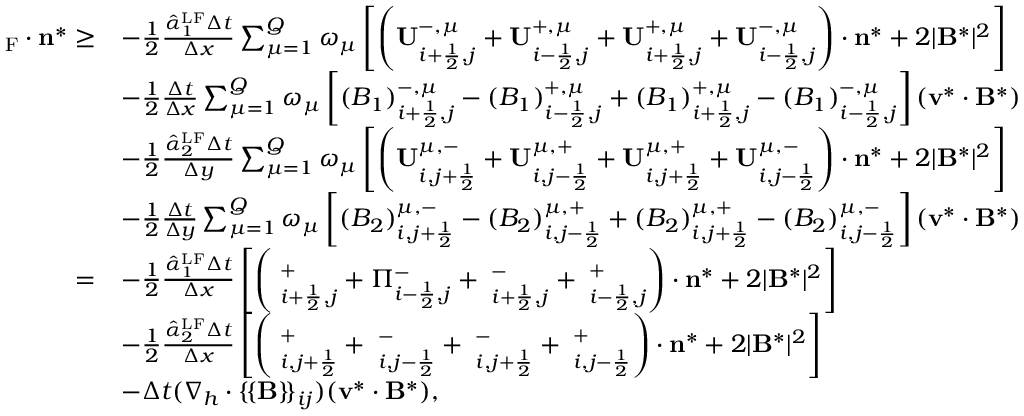
\begin{array} { r l } { { \bf \Pi } _ { \mathrm { { { F } } } } \cdot \mathbf { n } ^ { * } \ge } & { - \frac { 1 } { 2 } \frac { \hat { \alpha } _ { 1 } ^ { \mathrm { L F } } \Delta t } { \Delta x } \sum _ { \mu = 1 } ^ { Q } \omega _ { \mu } \left[ \left( \mathbf { U } _ { i + \frac { 1 } { 2 } , j } ^ { - , \mu } + \mathbf { U } _ { i - \frac { 1 } { 2 } , j } ^ { + , \mu } + \mathbf { U } _ { i + \frac { 1 } { 2 } , j } ^ { + , \mu } + \mathbf { U } _ { i - \frac { 1 } { 2 } , j } ^ { - , \mu } \right) \cdot \mathbf { n } ^ { * } + 2 | \mathbf { B } ^ { * } | ^ { 2 } \right] } \\ & { - \frac { 1 } { 2 } \frac { \Delta t } { \Delta x } \sum _ { \mu = 1 } ^ { Q } \omega _ { \mu } \left[ ( B _ { 1 } ) _ { i + \frac { 1 } { 2 } , j } ^ { - , \mu } - ( B _ { 1 } ) _ { i - \frac { 1 } { 2 } , j } ^ { + , \mu } + ( B _ { 1 } ) _ { i + \frac { 1 } { 2 } , j } ^ { + , \mu } - ( B _ { 1 } ) _ { i - \frac { 1 } { 2 } , j } ^ { - , \mu } \right] ( { \bf v } ^ { * } \cdot { \bf B } ^ { * } ) } \\ & { - \frac { 1 } { 2 } \frac { \hat { \alpha } _ { 2 } ^ { \mathrm { { L F } } } \Delta t } { \Delta y } \sum _ { \mu = 1 } ^ { Q } \omega _ { \mu } \left[ \left( \mathbf { U } _ { i , j + \frac { 1 } { 2 } } ^ { \mu , - } + \mathbf { U } _ { i , j - \frac { 1 } { 2 } } ^ { \mu , + } + \mathbf { U } _ { i , j + \frac { 1 } { 2 } } ^ { \mu , + } + \mathbf { U } _ { i , j - \frac { 1 } { 2 } } ^ { \mu , - } \right) \cdot \mathbf { n } ^ { * } + 2 | \mathbf { B } ^ { * } | ^ { 2 } \right] } \\ & { - \frac { 1 } { 2 } \frac { \Delta t } { \Delta y } \sum _ { \mu = 1 } ^ { Q } \omega _ { \mu } \left[ ( B _ { 2 } ) _ { i , j + \frac { 1 } { 2 } } ^ { \mu , - } - ( B _ { 2 } ) _ { i , j - \frac { 1 } { 2 } } ^ { \mu , + } + ( B _ { 2 } ) _ { i , j + \frac { 1 } { 2 } } ^ { \mu , + } - ( B _ { 2 } ) _ { i , j - \frac { 1 } { 2 } } ^ { \mu , - } \right] ( { \bf v } ^ { * } \cdot { \bf B } ^ { * } ) } \\ { = } & { - \frac { 1 } { 2 } \frac { \hat { \alpha } _ { 1 } ^ { \mathrm { L F } } \Delta t } { \Delta x } \left[ \left( { \bf \Pi } _ { i + \frac { 1 } { 2 } , j } ^ { + } + \Pi _ { i - \frac { 1 } { 2 } , j } ^ { - } + { \bf \Pi } _ { i + \frac { 1 } { 2 } , j } ^ { - } + { \bf \Pi } _ { i - \frac { 1 } { 2 } , j } ^ { + } \right) \cdot \mathbf { n } ^ { * } + 2 | \mathbf { B } ^ { * } | ^ { 2 } \right] } \\ & { - \frac { 1 } { 2 } \frac { \hat { \alpha } _ { 2 } ^ { \mathrm { { L F } } } \Delta t } { \Delta x } \left[ \left( { \bf \Pi } _ { i , j + \frac { 1 } { 2 } } ^ { + } + { \bf \Pi } _ { i , j - \frac { 1 } { 2 } } ^ { - } + { \bf \Pi } _ { i , j + \frac { 1 } { 2 } } ^ { - } + { \bf \Pi } _ { i , j - \frac { 1 } { 2 } } ^ { + } \right) \cdot \mathbf { n } ^ { * } + 2 | \mathbf { B } ^ { * } | ^ { 2 } \right] } \\ & { - \Delta t ( \nabla _ { h } \cdot \lbrace \! \lbrace \mathbf { B } \rbrace \! \rbrace _ { i j } ) ( \mathbf { v } ^ { * } \cdot \mathbf { B } ^ { * } ) , } \end{array}